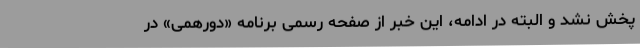
پخش نشد و البته در ادامه، این خبر از صفحه رسمی برنامه «دورهمی» در